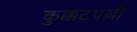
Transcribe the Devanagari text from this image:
कुक्कटपल्ली